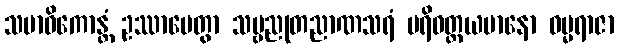
သမာဓိကောန္တံ ဥဿာပေတွာ သဗ္ဗညုတညာဏသရံ ပရိဝတ္တယမာနော ဓမ္မရာဇာ